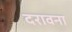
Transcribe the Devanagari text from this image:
दरावना